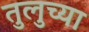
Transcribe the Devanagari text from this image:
तुलुच्या